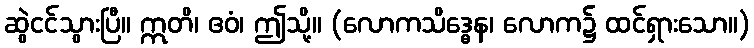
ဆွဲငင်သွားပြီ။ ဣတိ၊ ဧဝံ၊ ဤသို့။ (လောကသိဒ္ဓေန၊ လောက၌ ထင်ရှားသော။)